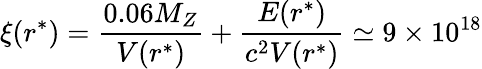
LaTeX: \xi(r^{*})=\frac{0.06M_{Z}}{V(r^{*})}+\frac{E(r^{*})}{c^{2}V(r^{*})}\simeq 9\times 10^{18}